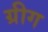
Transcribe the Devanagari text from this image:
ग्रीग